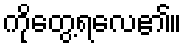
ကိုတွေ့ရလေ၏။